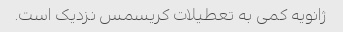
ژانویه کمی به تعطیلات کریسمس نزدیک است.